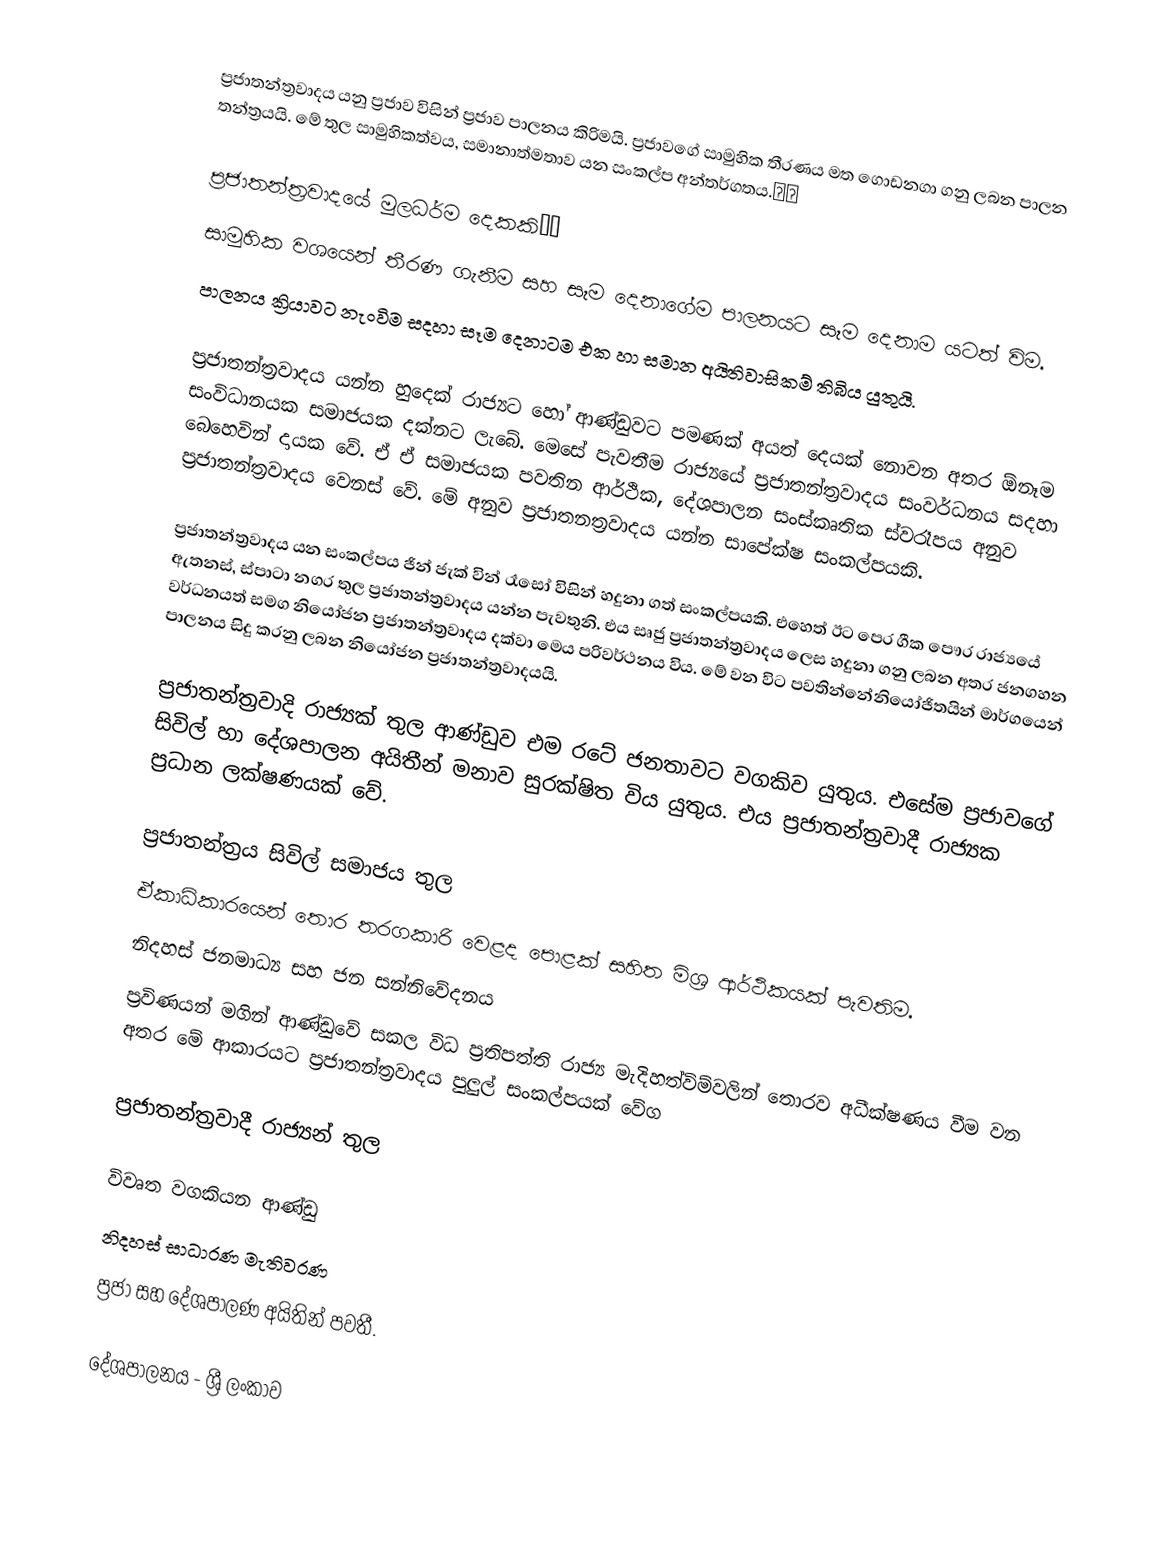
ප්‍රජාතන්ත්‍රවාදය යනු ප්‍රජාව විසින් ප්‍රජාව පාලනය කිරිමයි. ප්‍රජාව‍ගේ සාමුහික තීරණය මත ‍ගොඩනගා ගනු ලබන පාලන තන්ත්‍රයයි. මේ තුල සාමුහිකත්වය, සමානාත්මතාව යන සංකල්ප අන්තර්ගතය.民主

ප්‍රජාතන්ත්‍රවාදයේ මුලධර්ම ‍දෙකකි民主
 සාමුහික වශයෙන් තීරණ ගැනීම සහ සෑම දෙනාගේම පාලනයට සෑම දෙනාම යටත් විම.
 පාලනය ක්‍රියාවට නැංවිම සදහා සෑම දෙනාටම එක හා සමාන අයිතිවාසිකම් තිබිය යුතුයි.

ප්‍රජාතන්ත්‍රවාදය යන්න හුදෙක් රාජ්‍යට හෝ ආණ්ඩුවට පමණක් අයත් දෙයක් නොවන අතර ඕනෑම සංවිධානයක සමා‍ජයක දක්නට ලැබේ. ‍මෙසේ පැවතීම රාජ්‍යයේ ප්‍රජාතන්ත්‍රවාදය සංවර්ධනය සදහා ‍‍බෙහෙවින් දායක වේ. ඒ ඒ සමාජයක පවතින ආර්ථික, දේශපාලන සංස්කෘතික ස්වරෑපය අනුව ප්‍රජාතන්ත්‍රවාදය වෙනස් වේ. මේ අනුව ප්‍රජාතනත්‍රවාදය යන්න සාපේක්ෂ සංකල්පයකි.

ප්‍රජාතන්ත්‍රවාදය යන සංකල්පය ජින් ජැක් වින් රෑසෝ විසින් හදුනා ගත් සංකල්පයකි. එහෙත් ඊට පෙර ගීක පෞර රාජ්‍යයේ ඇතනස්, ස්පාටා නගර තුල ප්‍රජාතන්ත්‍රවාදය යන්න පැවතුනි. එය සෘජු ප්‍රජාතන්ත්‍රවාදය ලෙස හදුනා ගනු ලබන අතර ජනගහන වර්ධනයත් සමග නියෝජන ප්‍රජාතන්ත්‍රවාදය දක්වා මෙය පරිවර්ථනය විය. මේ වන විට පවතින්නේනියෝජිතයින් මාර්ගයෙන් පාලනය සිදු කරනු ලබන නියෝජන ප්‍රජාතන්ත්‍රවාදයයි.

ප්‍රජාතන්ත්‍රවාදි රාජ්‍යක් තුල ආණ්ඩුව එම රටේ ජනතාවට වගකිව යුතුය. එසේම ප්‍රජාවගේ සිවිල් හා දේශපාලන අයිතීන් මනාව සුරක්ෂිත විය යුතුය. එය ප්‍රජාතන්ත්‍රවාදී රාජ්‍යක ප්‍රධාන ලක්ෂණයක් වේ.

ප්‍රජාතන්ත්‍රය සිවිල් සමාජය තුල
 ඒකාධිකාරයෙන් තොර තරගකාරි වෙළද පොළක් සහිත මිශ්‍ර ආර්ථිකයක් පැවතිම.
 නිදහස් ජනමාධ්‍ය සහ ජන සන්නිවේදනය
 ප්‍රවිණයන් මගින් ආණ්ඩුවේ සකල විධ ප්‍රතිපත්ති රාජ්‍ය මැදිහත්විම්වලින් තොරව අධීක්ෂණය වීම වන අතර මේ ආකාරයට ප්‍රජාතන්ත්‍රවාදය පුලුල් සංකල්පයක් වේග

ප්‍රජාතන්ත්‍රවාදී රාජ්‍යන් තුල

 විවෘත වගකියන ආණ්ඩු
 නිදහස් සාධාරණ මැතිවරණ
 ප්‍රජා සහ දේශපාලණ අයිතින් පවතී.

දේශපාලනය - ශ්‍රී ලංකාව